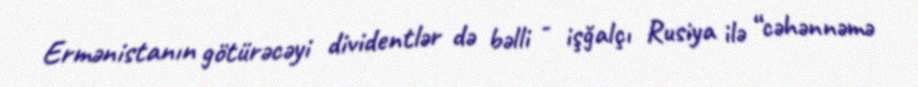
Ermənistanın götürəcəyi dividentlər də bəlli - işğalçı Rusiya ilə “cəhənnəmə